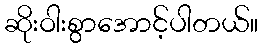
ဆိုးဝါးစွာအောင့်ပါတယ်။